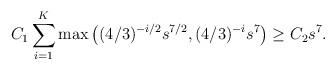
LaTeX: \begin{align*}C_1\sum_{i=1}^K \max\left((4/3)^{-i/2}s^{7/2},(4/3)^{-i}s^{7}\right)\ge C_2s^7.\end{align*}